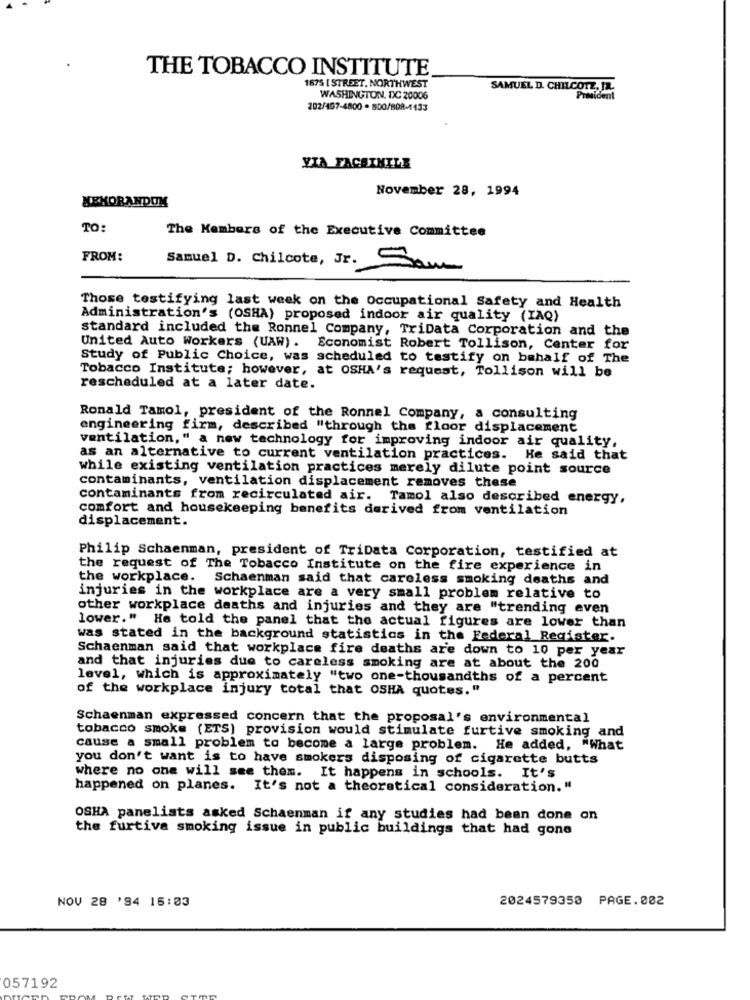
THE TOBACCO INSTITUTE
1675 [ STREET. NORTHWEST
SAMUEL D. CHILCOTZ, IL.
WASHINGTON, DC 20006
President
202/457-4800 . 800/80R-1433
YIA FACSIMILE
November 28, 1994
MEMORANDUM
TO:
The Members of the Executive Committee
FROM:
Samuel D. Chilcote, Jr. Sam
Those testifying last week on the Occupational Safety and Health
Administration's (OSHA) proposed indoor air quality (IAQ)
standard included the Ronnel Company, TriData Corporation and the
United Auto Workers (UAW). Economist Robert Tollison, Center for
Study of Public Choice, was scheduled to testify on behalf of The
Tobacco Institute; however, at OSHA's request, Tollison will be
rescheduled at a later date.
Ronald Tamol, president of the Ronnel Company, a consulting
engineering firm, described "through the floor displacement
ventilation," a new technology for improving indoor air quality,
as an alternative to current ventilation practices. He said that
while existing ventilation practices merely dilute point source
contaminants, ventilation displacement removes these
contaminants from recirculated air. Tamol also described energy,
comfort and housekeeping benefits derived from ventilation
displacement.
Philip Schaenman, president of TriData Corporation, testified at
the request of The Tobacco Institute on the fire experience in
the workplace. Schaenman said that careless smoking deaths and
injuries in the workplace are a very small problem relative to
other workplace deaths and injuries and they are "trending even
lower." He told the panel that the actual figures are lower than
was stated in the background statistics in the Federal Register.
Schaenman said that workplace fire deaths are down to 10 per year
and that injuries due to careless smoking are at about the 200
level, which is approximately "two one-thousandths of a percent
of the workplace injury total that OSHA quotes."
Schaenman expressed concern that the proposal's environmental
tobacco smoke (ETS) provision would stimulate furtive smoking and
cause a small problem to become a large problem. He added, "What
you don't want is to have smokers disposing of cigarette butts
where no one will see them. It happens in schools. It's
happened on planes. It's not a theoretical consideration."
OSHA panelists asked Schaenman if any studies had been done on
the furtive smoking issue in public buildings that had gone
NOV 28 '94 15:03
2024579350 PAGE.082
057192